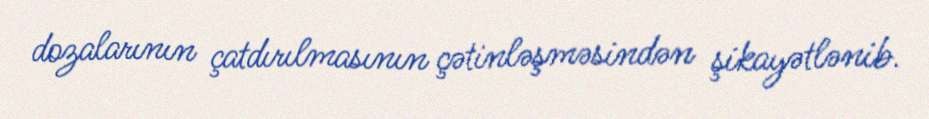
dozalarının çatdırılmasının çətinləşməsindən şikayətlənib.